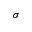
\sigma